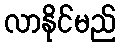
လာနိုင်မည်